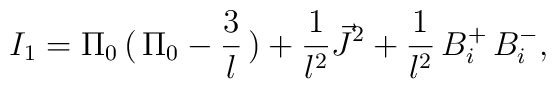
I_1 = \Pi_0 \, ( \, \Pi_0 - \frac{3}{l} \, ) + \frac{1}{l^2}\vec{J}^2 + \frac{1}{l^2} \, B_i^+ \, B_i^- ,